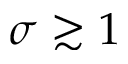
\sigma \gtrsim 1